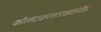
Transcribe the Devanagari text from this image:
कोल्हटकरसारख्यांनीही